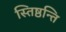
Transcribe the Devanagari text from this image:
स्तिष्ठन्ति